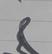
Signature authenticity: genuine